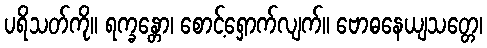
ပရိသတ်ကို။ ရက္ခန္တော၊ စောင့်ရှောက်လျက်။ ဗောဓနေယျသတ္တေ၊